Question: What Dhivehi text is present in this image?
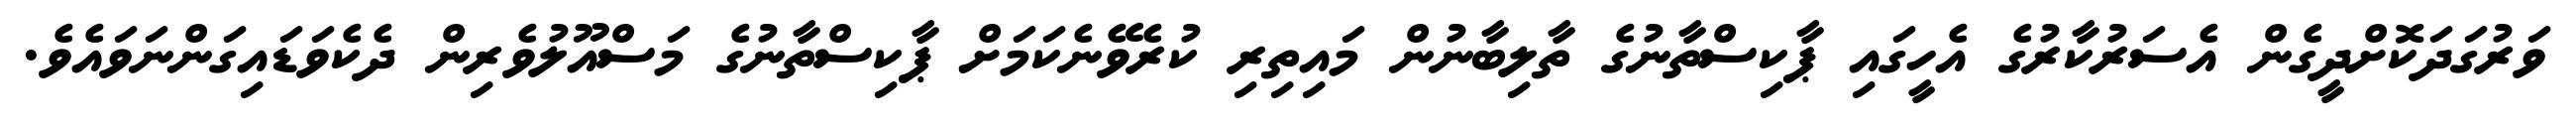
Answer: ވަރުގަދަކޮށްދީގެން އެސަރުކާރުގެ އެހީގައި ޕާކިސްތާނުގެ ތާލިބާނުން މައިތިރި ކުރެވޭނެކަމަށް ޕާކިސްތާނުގެ މަސްއޫލުވެރިން ދެކެވަޑައިގަންނަވައެވެ.